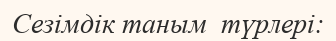
Сезімдік таным  түрлері: